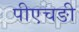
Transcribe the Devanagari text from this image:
पीएचङी